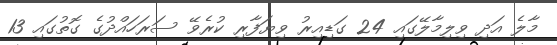
މާލެ އަދި ވިލިމާލޭގައި 24 ގަޑިއިރު ވިޔަފާރި ކުރެވޭ ސަރަހައްދުގެ ގޮތުގައި 13